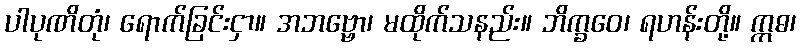
ပါပုဏိတုံ၊ ရောက်ခြင်းငှာ။ အဘဗ္ဗော၊ မထိုက်သနည်း။ ဘိက္ခဝေ၊ ရဟန်းတို့။ ဣဓ၊